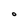
Character: O